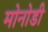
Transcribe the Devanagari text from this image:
मोनोडी